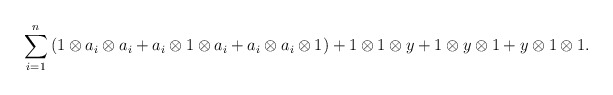
\begin{align*}\sum_{i=1}^n{(1 \otimes a_i \otimes a_i +a_i \otimes 1 \otimes a_i + a_i \otimes a_i \otimes 1)} + 1 \otimes 1 \otimes y + 1 \otimes y \otimes 1 + y \otimes 1 \otimes 1. \end{align*}